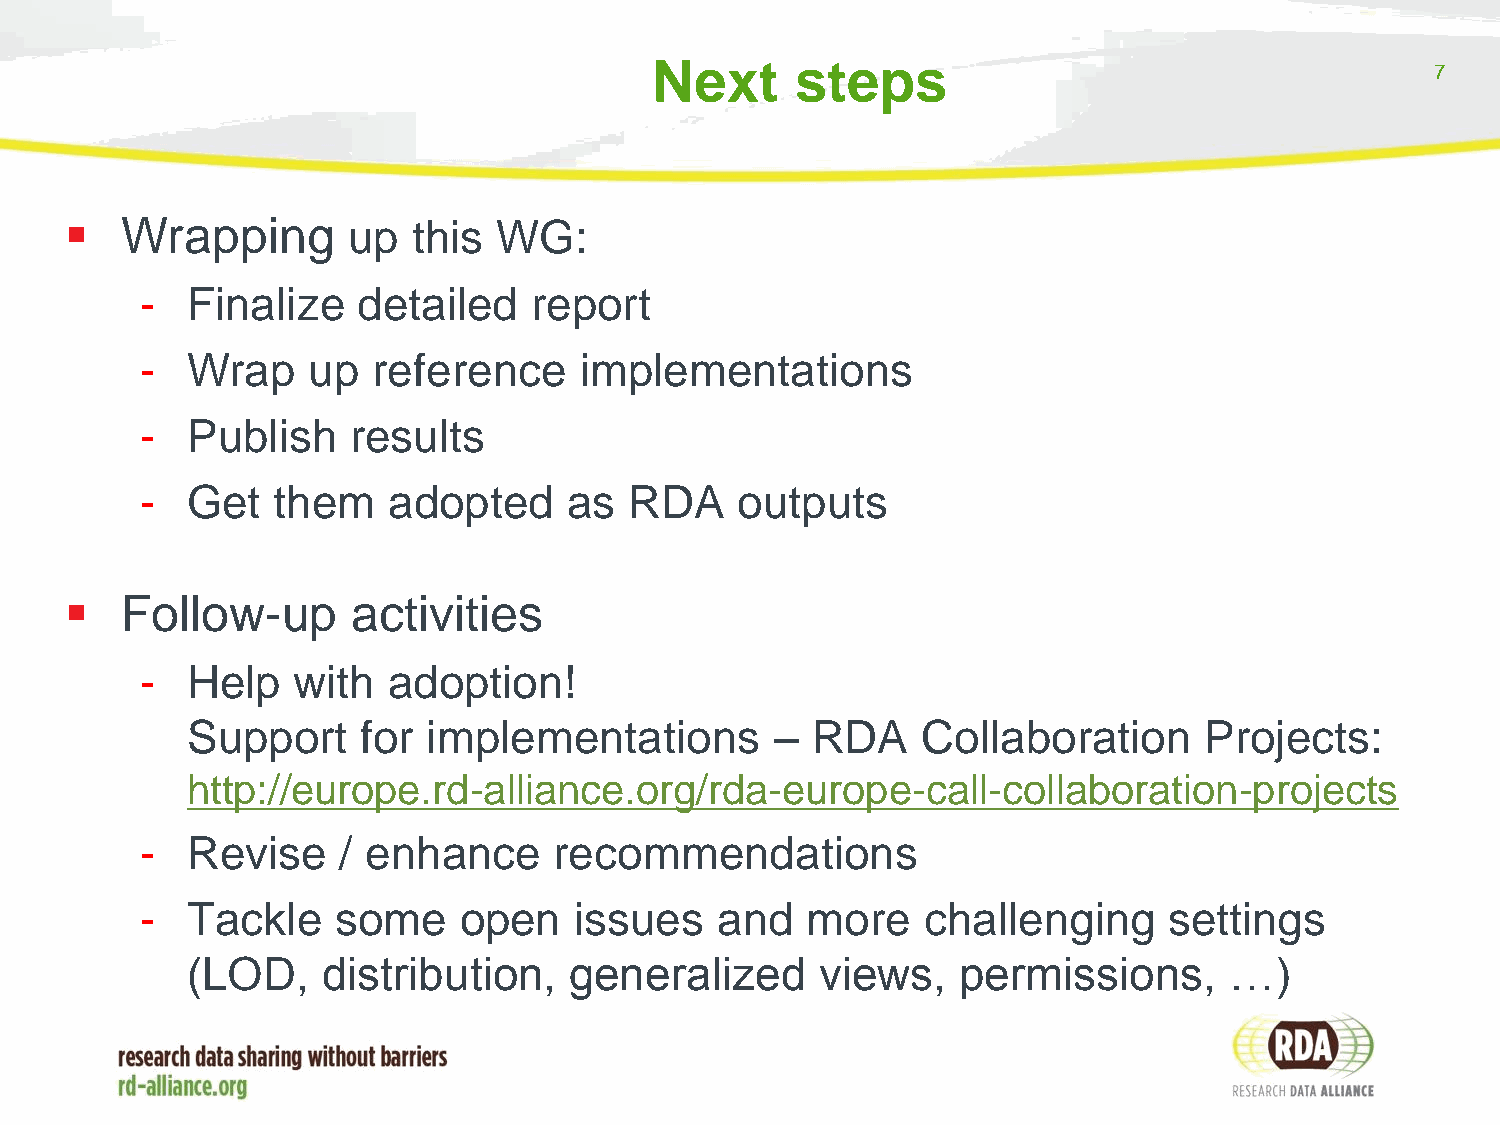
Next      steps
 7
    Wrapping       up  this  WG:
 -  Finalize    detailed   report
 -  Wrap    up   reference    implementations
 -  Publish    results
 -  Get   them    adopted     as  RDA    outputs
    Follow-up      activities
 -  Help   with   adoption!
 Support     for implementations        –  RDA    Collaboration      Projects:
 http://europe.rd-alliance.org/rda-europe-call-collaboration-projects
 -  Revise    / enhance      recommendations
 -  Tackle    some    open    issues   and   more    challenging     settings
 (LOD,    distribution,    generalized     views,   permissions,      …)